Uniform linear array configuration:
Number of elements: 8
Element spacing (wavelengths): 0.25
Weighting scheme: kaiser
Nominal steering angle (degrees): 15
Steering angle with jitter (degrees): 15.056
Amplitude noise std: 0.05
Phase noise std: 0.05

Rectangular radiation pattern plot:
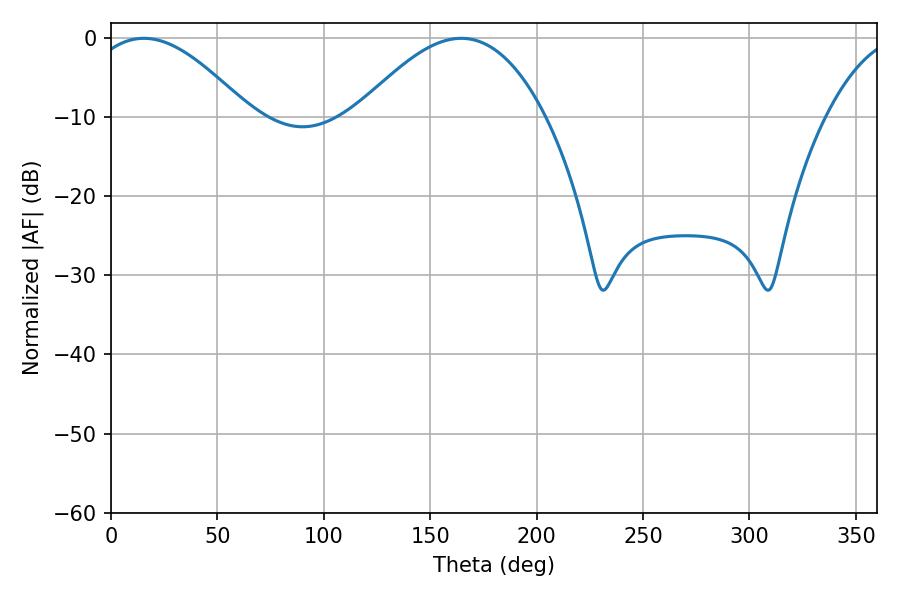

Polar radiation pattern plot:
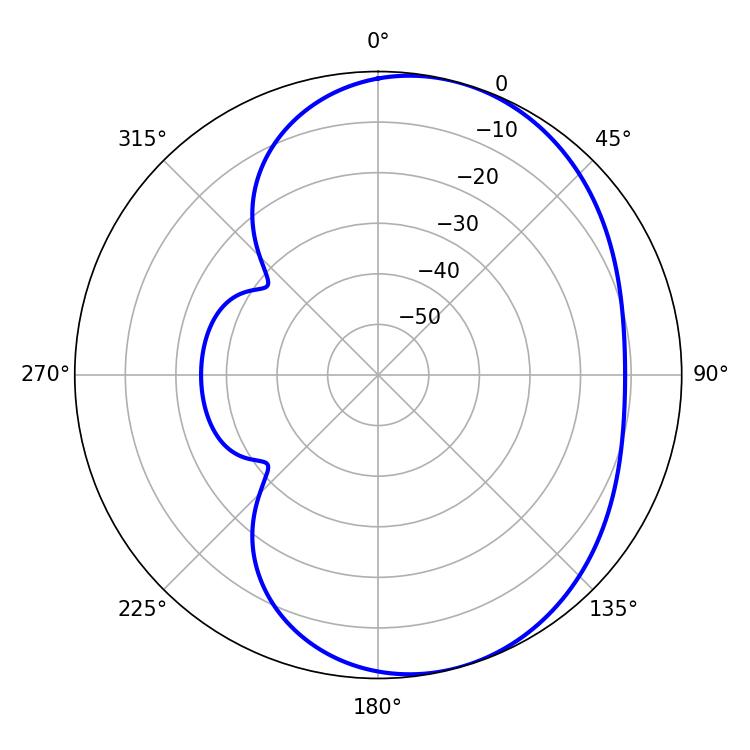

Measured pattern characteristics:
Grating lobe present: FALSE
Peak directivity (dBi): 5.237
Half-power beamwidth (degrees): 41.22
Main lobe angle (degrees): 15.48